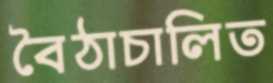
বৈঠাচালিত